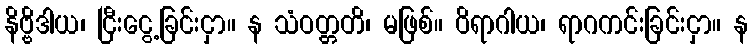
နိဗ္ဗိဒါယ၊ ငြီးငွေ့ခြင်းငှာ။ န သံဝတ္တတိ၊ မဖြစ်။ ဝိရာဂါယ၊ ရာဂကင်းခြင်းငှာ။ န